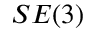
S E ( 3 )